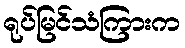
ရုပ်မြင်သံကြားက